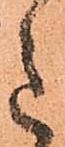
意